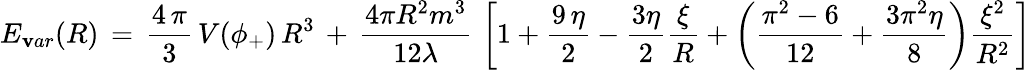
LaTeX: E_{\mathbf{v}ar}(R)\, =\, \frac{{4\, \pi}}{{3}}\, V(\phi_{+})\, R^{3}\, +\, {\frac{{4\pi{R^{2}}{m^{3}}}}{{12\lambda}}}\, \left[1+\frac{{9\, \eta}}{{2}}-\frac{{3\eta}}{{2}}\frac{{\xi}}{{R}}+\left(\frac{{\pi^{2}-6}}{{12}}+\frac{{3\pi^{2}\eta}}{{8}}\right)\frac{{\xi^{2}}}{{R^{2}}}\right]